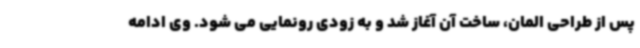
پس از طراحی المان، ساخت آن آغاز شد و به زودی رونمایی می شود. وی ادامه